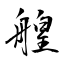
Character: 艎